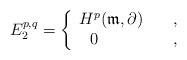
LaTeX: \begin{align*} E_2^{p,q}= \left\{\begin{array}{ll}H^p(\mathfrak{m},\partial)\ \ \ & , \\\ \ 0\ & ,\end{array} \right.\end{align*}